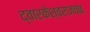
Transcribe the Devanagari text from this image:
द्वारकेश्वराजवळ